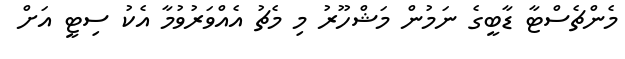
މެންޗެސްޓާ ޑާބީގެ ނަމުން މަޝްހޫރު މި މެޗު އެއްވަރުވުމާ އެކު ސިޓީ އަށް